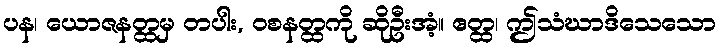
ပန၊ ယောဇနတ္ထမှ တပါး, ဝစနတ္ထကို ဆိုဦးအံ့။ ဧတ္ထ၊ ဤသံဃာဒိသေသော